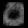
Digit: ၀